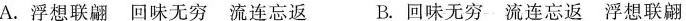
A.浮想联翩 回味无穷 流连忘返 B.回味无穷 流连忘返 浮想联翩